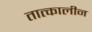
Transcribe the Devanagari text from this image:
तात्‍कालीन